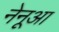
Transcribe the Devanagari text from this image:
नेनूआ